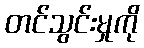
တင်သွင်းမှုကို